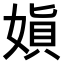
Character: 𫱇